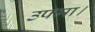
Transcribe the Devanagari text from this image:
उपमा।